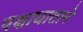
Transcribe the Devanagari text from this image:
पक्षाघाताने